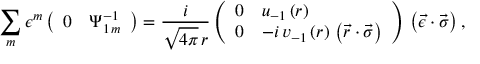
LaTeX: \sum _ { m } { \epsilon ^ { m } } \left( \begin{array} { l l } { { 0 } } & { { \Psi _ { 1 \, m } ^ { - 1 } } } \end{array} \right) = { \frac { i } { \sqrt { 4 \pi } \, r } } \left( \begin{array} { l l } { { 0 } } & { { u _ { - 1 } \left( r \right) } } \\ { { 0 } } & { { - i \, v _ { - 1 } \left( r \right) \, \left( \vec { r } \cdot \vec { \sigma } \right) } } \end{array} \right) \, \left( \vec { \epsilon } \cdot \vec { \sigma } \right) ,